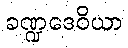
ခဏ္ဍဒေဝိယာ